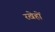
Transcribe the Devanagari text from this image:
रखेहों